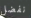
نفضل